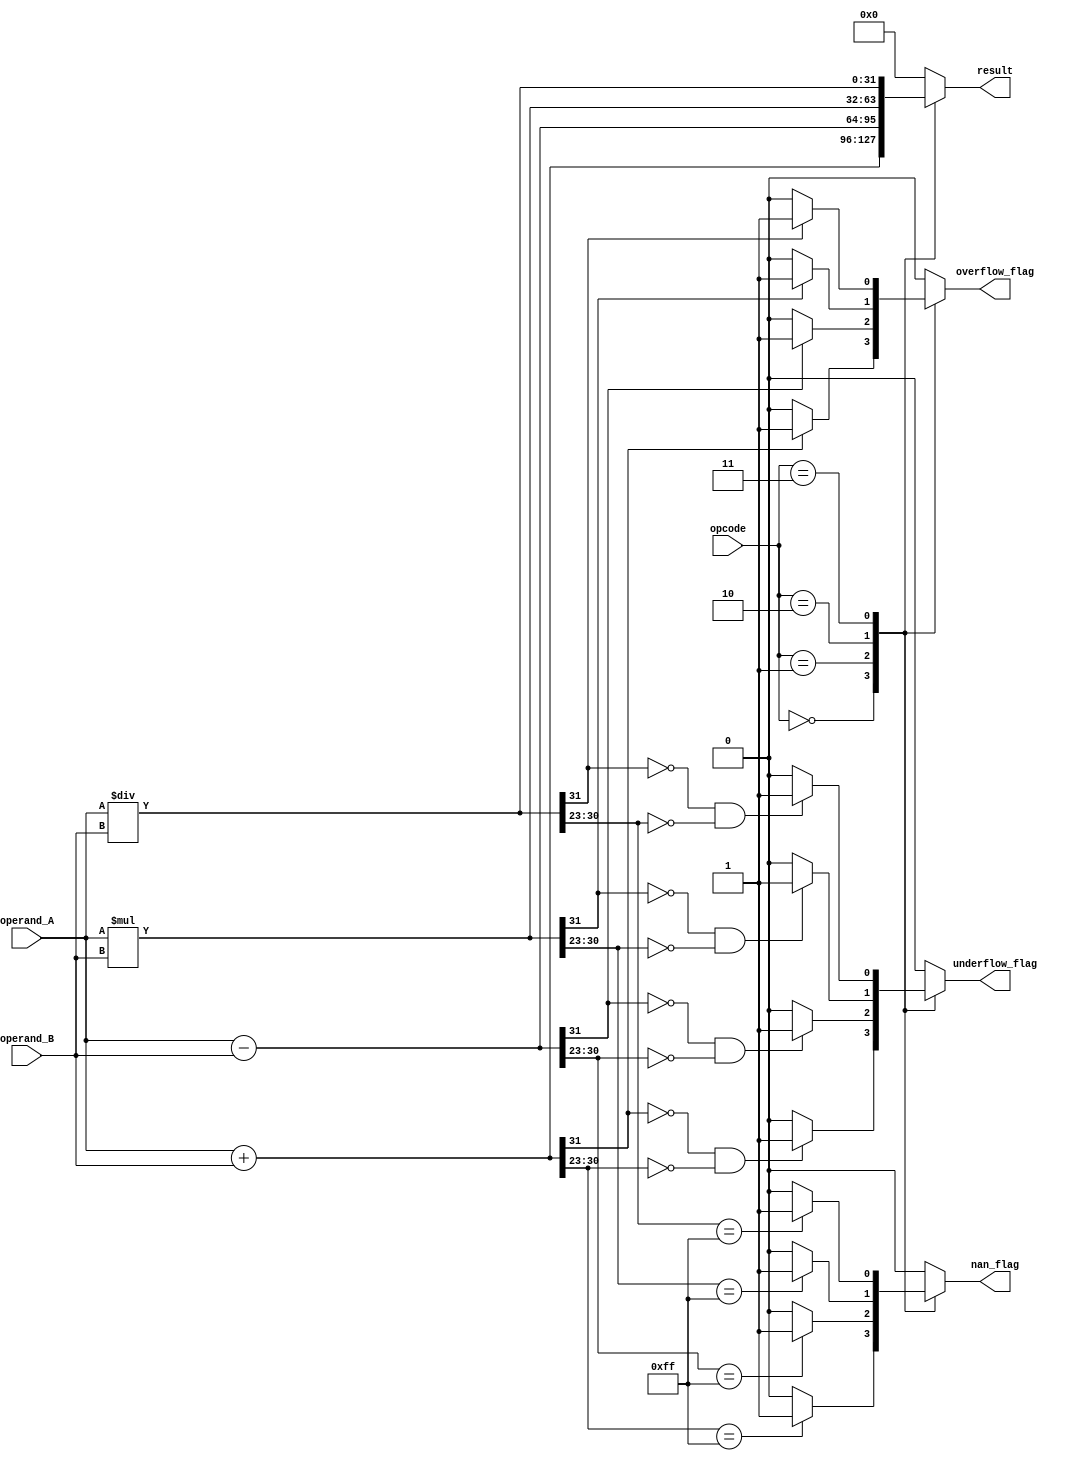
module Floating_Point_ALU(
    input [31:0] operand_A,
    input [31:0] operand_B,
    input [2:0] opcode,
    output [31:0] result,
    output overflow_flag,
    output underflow_flag,
    output nan_flag
);

reg [31:0] result;
reg overflow_flag, underflow_flag, nan_flag;

always @ (opcode, operand_A, operand_B)
begin
    case(opcode)
        3'b000: // Addition
            begin
                result = operand_A + operand_B;
                // Check for overflow
                if(result[31] == 1)
                    overflow_flag = 1;
                else
                    overflow_flag = 0;
                // Check for underflow
                if(result[31] == 0 && result[30:23] == 8'b00000000)
                    underflow_flag = 1;
                else
                    underflow_flag = 0;
                // Check for NaN
                if(result[30:23] == 8'b11111111)
                    nan_flag = 1;
                else
                    nan_flag = 0;
            end
        3'b001: // Subtraction
            begin
                result = operand_A - operand_B;
                // Check for overflow
                if(result[31] == 1)
                    overflow_flag = 1;
                else
                    overflow_flag = 0;
                // Check for underflow
                if(result[31] == 0 && result[30:23] == 8'b00000000)
                    underflow_flag = 1;
                else
                    underflow_flag = 0;
                // Check for NaN
                if(result[30:23] == 8'b11111111)
                    nan_flag = 1;
                else
                    nan_flag = 0;
            end
        3'b010: // Multiplication
            begin
                result = operand_A * operand_B;
                // Check for overflow
                if(result[31] == 1)
                    overflow_flag = 1;
                else
                    overflow_flag = 0;
                // Check for underflow
                if(result[31] == 0 && result[30:23] == 8'b00000000)
                    underflow_flag = 1;
                else
                    underflow_flag = 0;
                // Check for NaN
                if(result[30:23] == 8'b11111111)
                    nan_flag = 1;
                else
                    nan_flag = 0;
            end
        3'b011: // Division
            begin
                result = operand_A / operand_B;
                // Check for overflow
                if(result[31] == 1)
                    overflow_flag = 1;
                else
                    overflow_flag = 0;
                // Check for underflow
                if(result[31] == 0 && result[30:23] == 8'b00000000)
                    underflow_flag = 1;
                else
                    underflow_flag = 0;
                // Check for NaN
                if(result[30:23] == 8'b11111111)
                    nan_flag = 1;
                else
                    nan_flag = 0;
            end
        default:
            begin
                result = 32'b0;
                overflow_flag = 0;
                underflow_flag = 0;
                nan_flag = 0;
            end
    endcase
end

endmodule